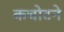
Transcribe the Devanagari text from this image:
कचोटने